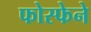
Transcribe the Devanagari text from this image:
फोस्फेने